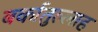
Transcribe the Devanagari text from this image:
बर्कातुल्लाह